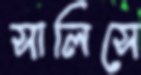
সালিসে